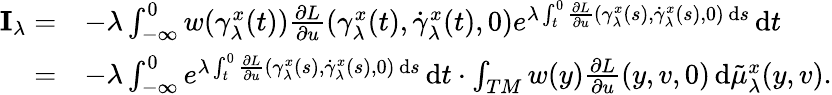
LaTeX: \begin{array}{rl}{\mathbf{I}_{\lambda}=}&{-\lambda\int_{-\infty}^{0}w(\gamma_{\lambda}^{x}(t))\frac{\partial L}{\partial u}(\gamma_{\lambda}^{x}(t),\dot{\gamma}_{\lambda}^{x}(t),0)e^{\lambda\int_{t}^{0}\frac{\partial L}{\partial u}(\gamma_{\lambda}^{x}(s),\dot{\gamma}_{\lambda}^{x}(s),0)\, \mathrm{d}s}\, \mathrm{d}t}\\ {=}&{-\lambda\int_{-\infty}^{0}e^{\lambda\int_{t}^{0}\frac{\partial L}{\partial u}(\gamma_{\lambda}^{x}(s),\dot{\gamma}_{\lambda}^{x}(s),0)\, \mathrm{d}s}\, \mathrm{d}t\cdot\int_{TM}w(y)\frac{\partial L}{\partial u}(y,v,0)\, \mathrm{d}\tilde{\mu}_{\lambda}^{x}(y,v).}\end{array}